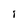
Character: I